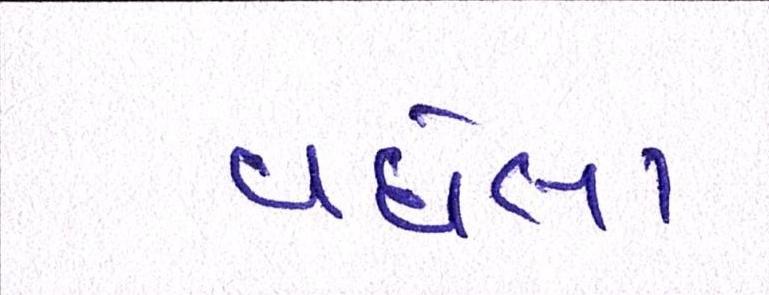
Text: વધેલા